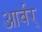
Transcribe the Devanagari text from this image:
आर्बर्